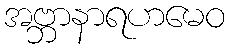
အဗ္ဘာနာရဟမေဝ